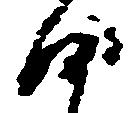
沙